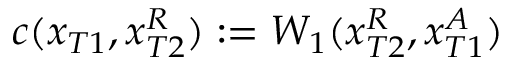
c ( x _ { T 1 } , x _ { T 2 } ^ { R } ) : = W _ { 1 } ( x _ { T 2 } ^ { R } , x _ { T 1 } ^ { A } )